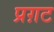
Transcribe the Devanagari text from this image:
प्रग़ट